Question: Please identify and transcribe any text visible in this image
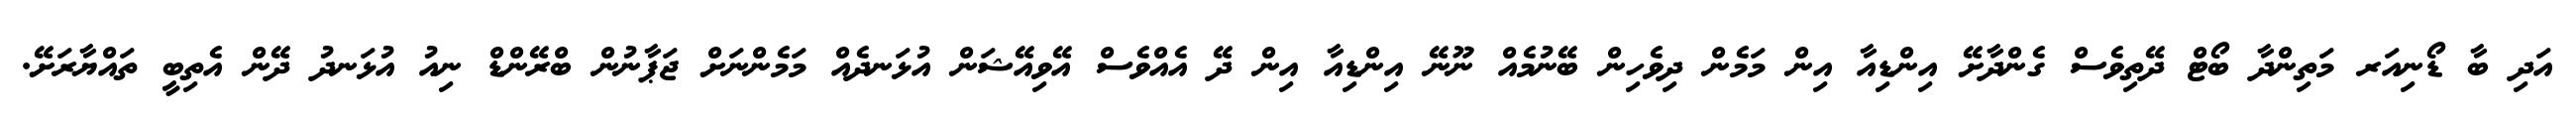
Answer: އަދި ބާ ޑޯނިއަރ މަތިންދާ ބޯޓް ދޭތިވެސް ގެންދާށޭ އިންޑިއާ އިން މަމެން ދިވެހިން ބޭނުމެއް ނޫނޭ އިންޑިއާ އިން ދޭ އެއްވެސް އޭވިއޭޝަން އުޅަނދެއް މަމެންނަށް ޖަޕާނުން ބްރޭންޑް ނިއު އުޅަނދު ދޭން އެތިބީ ތައްޔާރަށޭ.